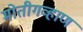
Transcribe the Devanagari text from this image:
मोतीगव्हाण